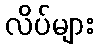
လိပ်များ